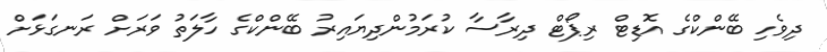
ދިވެހި ބޭންކްގެ އޮޑިޓް ރިޕޯޓް ދިރާސާ ކުރަމުންދިޔައިރު ބޭންކްގެ ހާލަތު ވަރަށް ރަނގަޅަށް